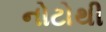
નોટોથી